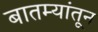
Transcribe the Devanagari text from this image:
बातम्यांतून